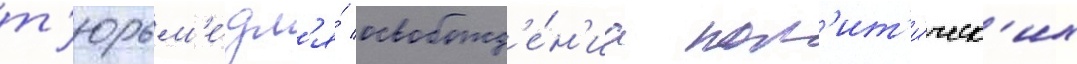
т'юрьм'е́ дл'я́ освобожд'е́н'иа пол'ит'и́ческ'их